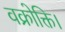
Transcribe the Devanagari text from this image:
वक्रोक्ति।